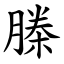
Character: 榺